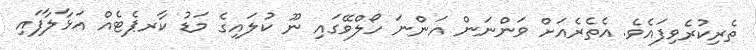
ތެރިކުރެވިފައެވެ. އެތެރެއަށް ވަންނަން އަންނަ ހޯލްވޭގައި ނޫ ކުލައިގެ މަޑު ކާރޕެޓެއް އަޅާލާފައި